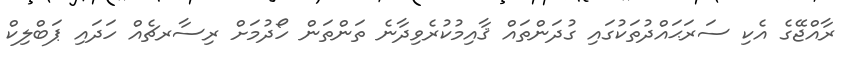
ރާއްޖޭގެ އެކި ސަރަޙައްދުތަކުގައި ގުދަންތައް ޤާއިމުކުރެވިދާނެ ތަންތަން ހޯދުމަށް ރިސާރޗެއް ހަދައި ޕަބްލިކް